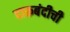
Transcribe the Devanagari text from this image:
दारूबंदीची